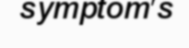
symptom's